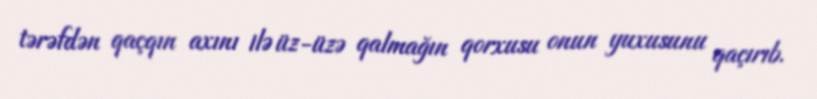
tərəfdən qaçqın axını ilə üz-üzə qalmağın qorxusu onun yuxusunu qaçırıb.